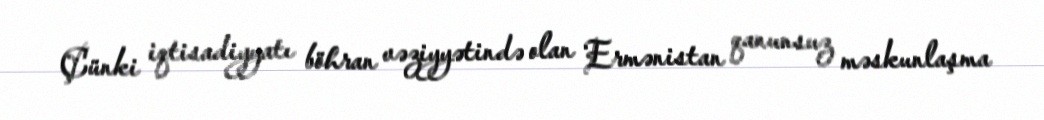
Çünki iqtisadiyyatı böhran vəziyyətində olan Ermənistan qanunsuz məskunlaşma